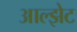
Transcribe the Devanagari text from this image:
आल्झेट